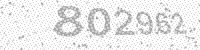
Solution: 802962